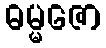
ဓမ္မဇော